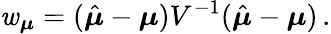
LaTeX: \mathit{w}_{\boldsymbol{\mu}}=(\hat{{\boldsymbol{\mu}}}-\boldsymbol{\mu})V^{-1}(\hat{{\boldsymbol{\mu}}}-\boldsymbol{\mu})\, .